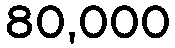
80,000